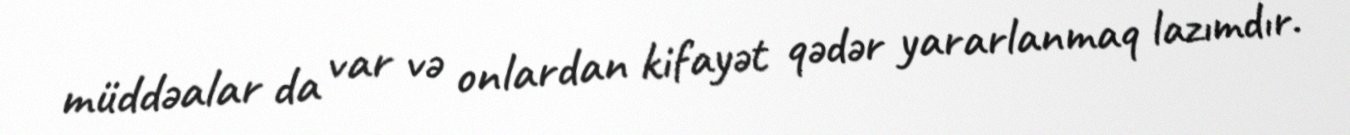
müddəalar da var və onlardan kifayət qədər yararlanmaq lazımdır.